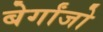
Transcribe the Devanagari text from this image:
बेर्गांजो